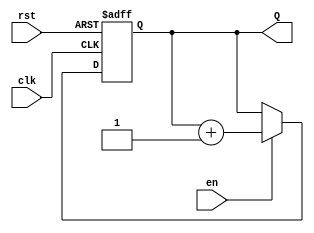
module lab2part3(
input wire clk,
input wire rst,
input wire en,
output reg [15:0] Q
); //16   

always @(posedge clk, posedge rst) // active high, asynchronous reset
if(rst) Q <= 16'b0;
else if(en) Q <= Q + 16'b1; // enable 1   +1
endmodule


`timescale 10ps/10ps // timescale 
module lab2part3test();
reg clk;
reg rst;
reg en; 
wire [15:0] Q; // test bench   

initial begin
clk = 0;
rst = 0;
en = 1;
#5 rst = 1;
#5 rst = 0; //  
end


lab2part3 u(.clk(clk), .rst(rst), .en(en), .Q(Q)); // counter module instantiation

always #5 clk = ~clk;

endmodule